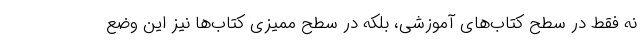
نه فقط در سطح کتاب‌های آموزشی، بلکه در سطح ممیزی کتاب‌ها نیز این وضع